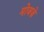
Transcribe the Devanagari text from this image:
मोजज़े